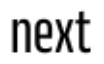
next